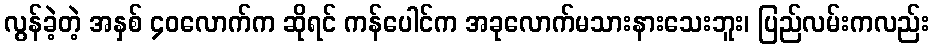
လွန်ခဲ့တဲ့ အနှစ် ၄၀လောက်က ဆိုရင် ကန်ပေါင်က အခုလောက်မသားနားသေးဘူး၊ ပြည်လမ်းကလည်း